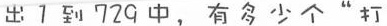
出1到729中，有多少个“打